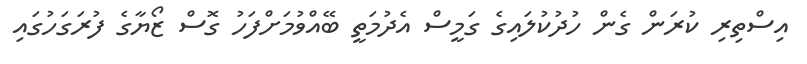
އިސްތިރި ކުރަން ގެން ހުދުކުލައިގެ ގަމީސް އެދުމަތީ ބޭއްވުމަށްފަހު ގޮސް ޒޯޔާގެ ފުރަގަހުގައި